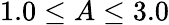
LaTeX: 1.0\leq A\leq 3.0